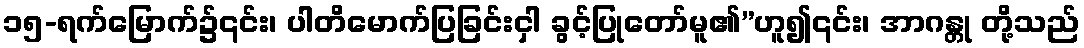
၁၅-ရက်မြောက်၌၎င်း၊ ပါတိမောက်ပြခြင်းငှါ ခွင့်ပြုတော်မူ၏”ဟူ၍၎င်း၊ အာဂန္တု တို့သည်